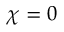
\chi = 0